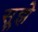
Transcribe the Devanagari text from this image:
सूझे